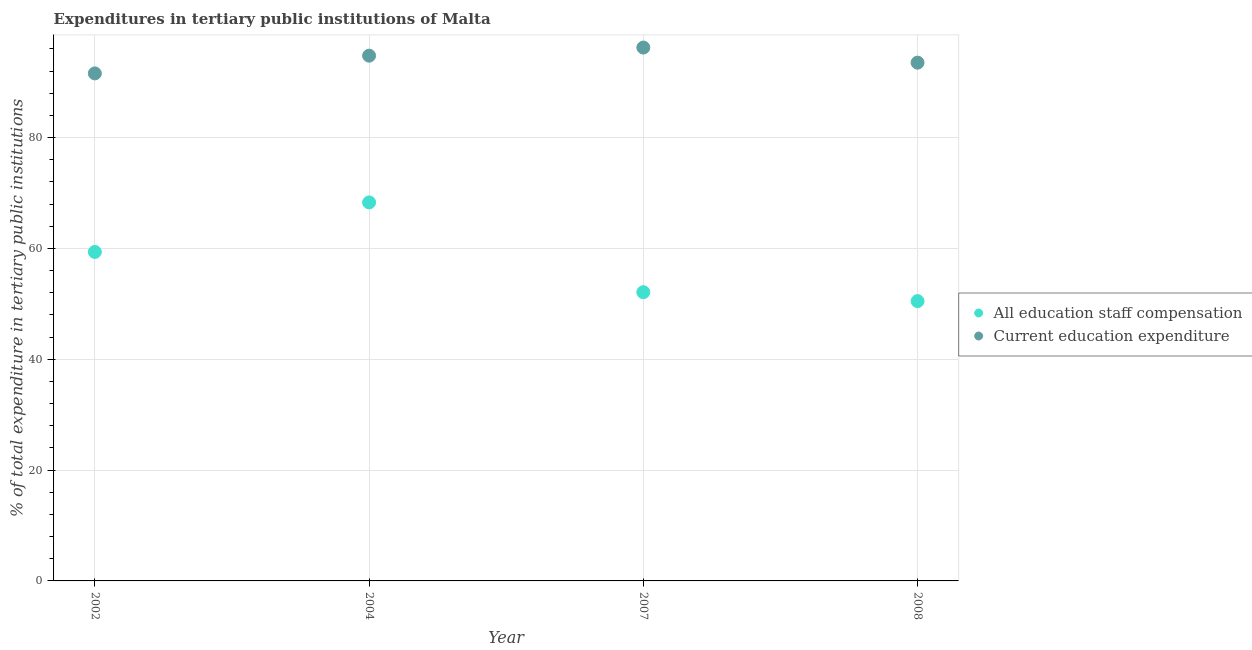
| Year | All education staff compensation | Current education expenditure |
 | --- | --- | --- |
 | 2002 | 59.4 | 91.6 |
 | 2004 | 68.3 | 94.8 |
 | 2007 | 52.1 | 96.2 |
 | 2008 | 50.5 | 93.5 |